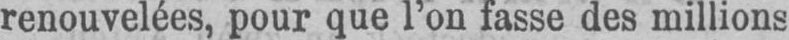
renouvelées, pour que l’on fasse des millions